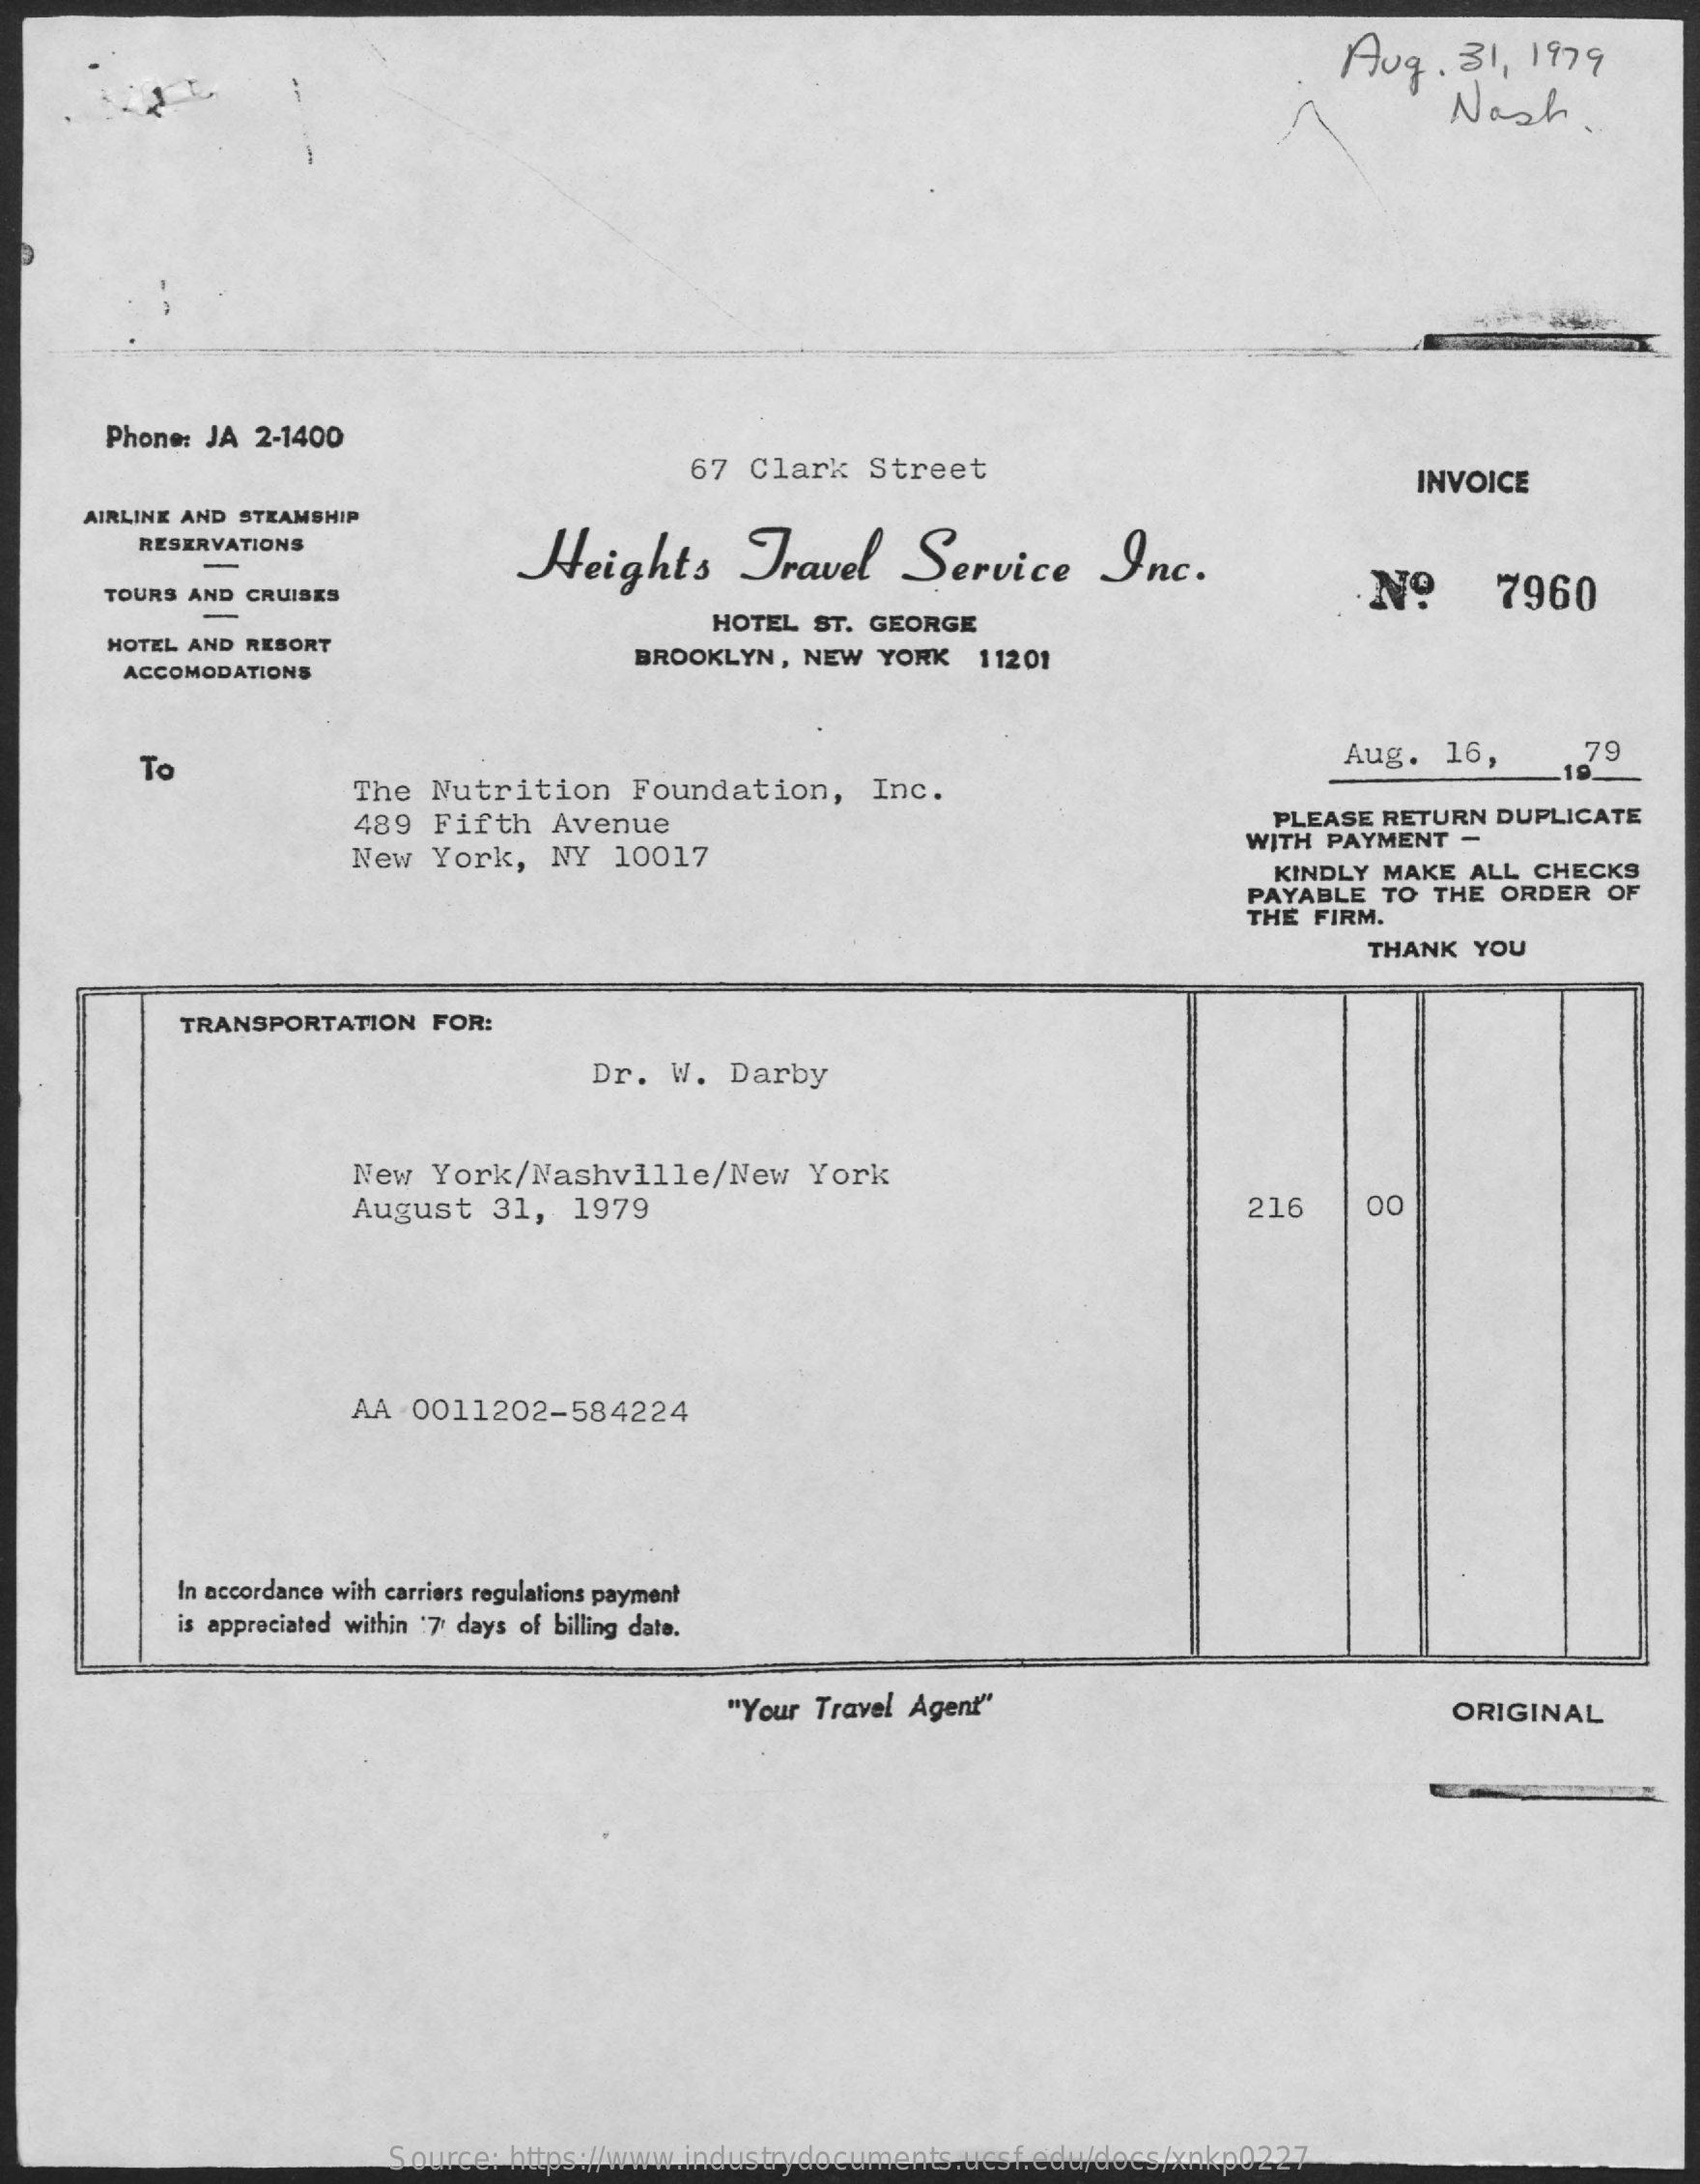
Aug.   31, 1979
     Nash.
     Phone: JA 2-1400
     67 Clark   Street    INVOICE
     AIRLINE AND STEAMSHIP
     RESERVATIONS
     Heights    Travel    Service    Inc.
     TOURS AND CRUISES    Nº    7960
     HOTEL AND RESORT
     HOTEL ST. GEORGE
     ACCOMODATIONS
     BROOKLYN, NEW  YORK   11201
     To    Aug.  16,    79
     The  Nutrition    Foundation,    Inc.
     489  Fifth  Avenue    PLEASE RETURN DUPLICATE
     New  York,  NY  10017
     WITH PAYMENT  -
     KINDLY MAKE ALL CHECKS
     PAYABLE  TO THE ORDER  OF
     THE FIRM.
     THANK  YOU
     TRANSPORTATION  FOR:
     Dr.  W.  Darby
     New  York/Nashville/New    York
     August   31,  1979    216    00
     AA 0011202-584224
     In accordance with carriers regulations payment
     is appreciated within 7 days of billing date.
     "Your Travel Agent"    ORIGINAL
     Source: https://www.industrydocuments.ucsf.edu/docs/xnkp0227